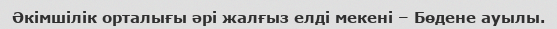
Әкімшілік орталығы әрі жалғыз елді мекені – Бөдене ауылы.